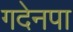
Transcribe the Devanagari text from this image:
गदेनपा